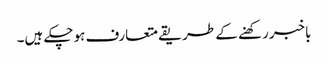
باخبررکھنے کے طریقے متعارف ہوچکے ہیں۔